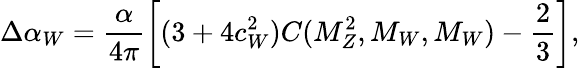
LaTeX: \Delta\alpha_{W}=\frac{\alpha}{4\pi}\left[(3+4c_{W}^{2})C(M_{Z}^{2},M_{W},M_{W})-\frac{2}{3}\right],